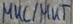
Text: MKC/MKT